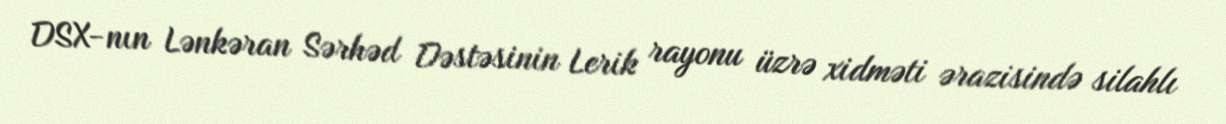
DSX-nın Lənkəran Sərhəd Dəstəsinin Lerik rayonu üzrə xidməti ərazisində silahlı